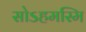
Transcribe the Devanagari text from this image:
सोऽहमस्मि